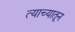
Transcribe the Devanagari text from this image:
त्याच्यातून